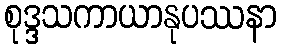
စုဒ္ဒသကာယာနုပဿနာ